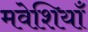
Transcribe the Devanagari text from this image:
मवेशियाँ